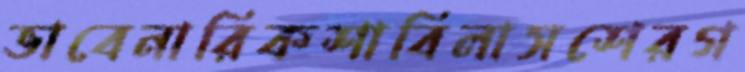
ভাবেনারিকশাবিলাসশেরগ